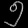
Digit: ၅